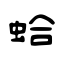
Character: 蛤